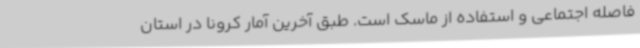
فاصله اجتماعی و استفاده از ماسک است. طبق آخرین آمار کرونا در استان